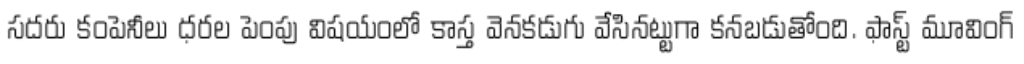
సదరు కంపెనీలు ధరల పెంపు విషయంలో కాస్త వెనకడుగు వేసినట్టుగా కనబడుతోంది. ఫాస్ట్ మూవింగ్